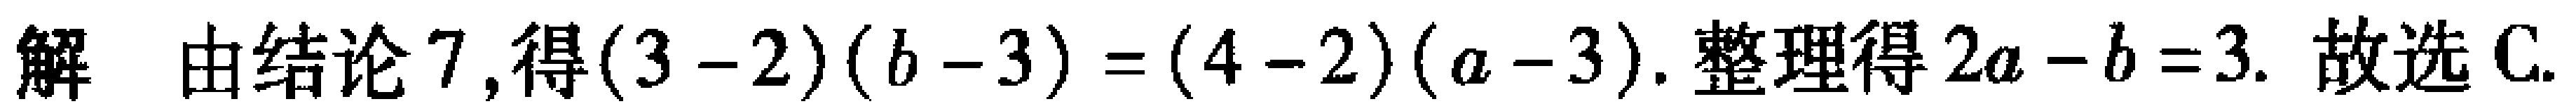
解 由结论 7,得\((3 - 2)(b - 3) = (4 - 2)(a - 3)\). 整理得\(2a - b = 3\). 故选 C.